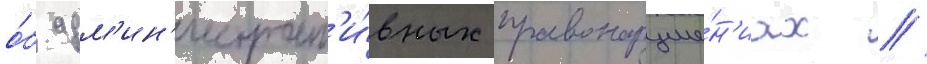
о́б адм'ин'истрат'и́вных правонаруше́н'иах //